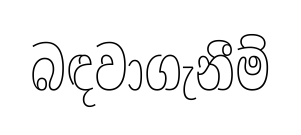
බඳවාගැනීම්